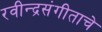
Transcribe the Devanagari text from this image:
रवीन्द्रसंगीताचे